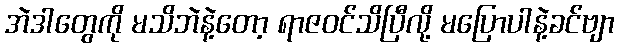
အဲဒါတွေကို မသိဘဲနဲ့တော့ ရာဇဝင်သိပြီလို့ မပြောပါနဲ့ခင်ဗျာ